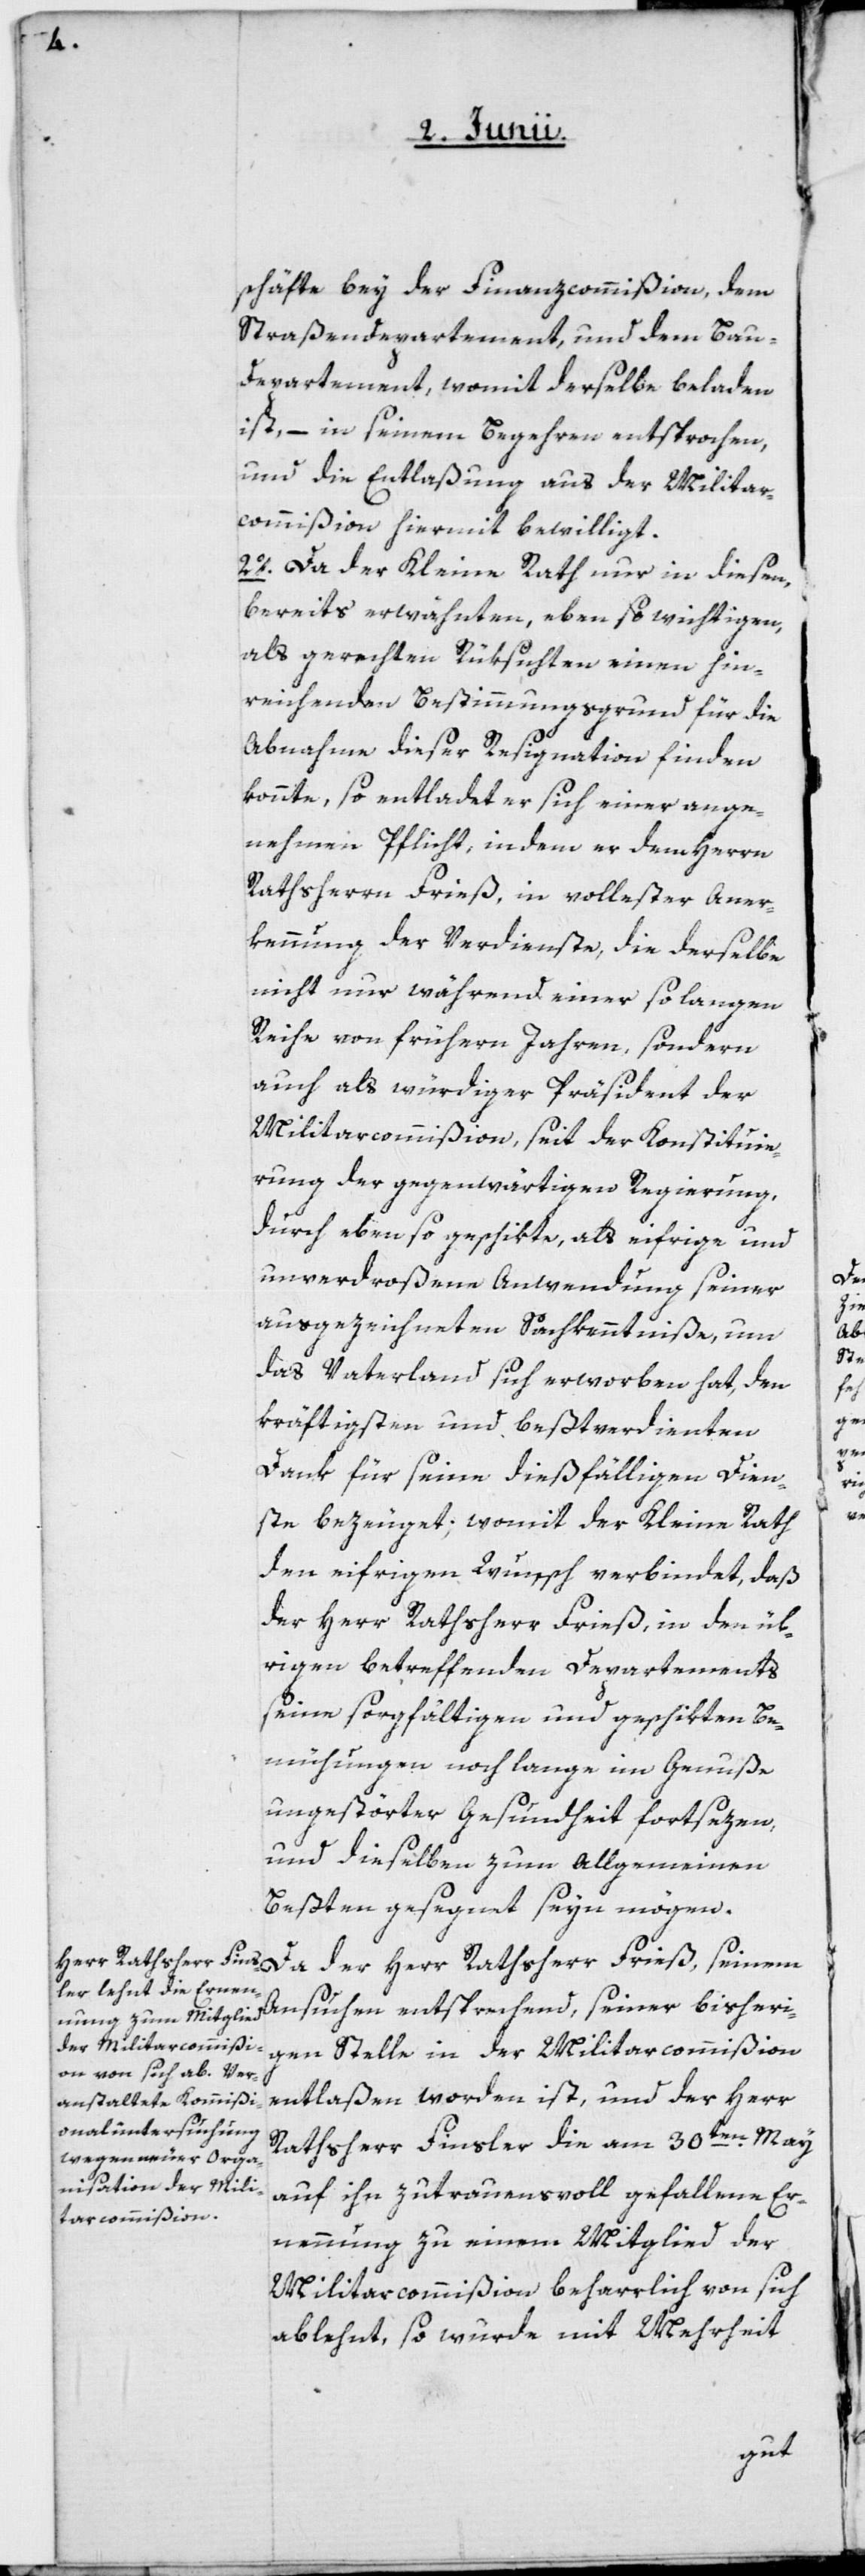
schäfte bey der Finanzcommißion, dem
Straßendepartement, und dem Bau-D¬
epartement, womit derselbe beladen
ist, – in seinem Begehren entsprochen,
und die Entlaßung aus der Militar¬
commißion hiermit bewilligt.
2o. Da der Kleine Rath nur in diesen,
bereits erwähnten, eben so wichtigen,
als gerechten Rüksichten einen hin¬
reichenden Bestimmungsgrund für die
Abnahme dieser Resignation finden
konnte, so entladet er sich einer ange¬
nehmen Pflicht, indem er dem Herrn
Rathsherrn Friß, in vollester Aner¬
kennung der Verdienste, die derselbe
nicht nur während einer so langen
Reihe von frühern Jahren, sondern
auch als würdiger Präsident der
Militarcommißion, seit der Konstituie¬
rung der gegenwärtigen Regierung,
durch ebenso geschikte als eifrige und
unverdroßene Anwendung seiner
ausgezeichneten Sachkenntniße, um
das Vaterland sich erworben hat, den
kräftigsten und beßtverdienten
Dank für seine dießfälligen Dien¬
ste bezeuget; womit der Kleine Rath
den eifrigen Wunsch verbindet, daß
der Herr Rathsherr Frieß, seinem
rigen betreffenden Departements
seine sorgfältigen und geschikten Be¬
mühungen noch lange im Genuße
ungestörter Gesundheit fortsezen,
und dieselben zum Allgemeinen
Beßten gesegnet seyn mögen.
Ansuchen entsprechend, seiner bisheri¬
gen Stelle in der Militatvommißion
entlaßen worden ist, und der Herr
Rathsherr Finsler die am 30ten May
auf ihn zutrauensvoll gefallene Er¬
nennung zu einem Mitglied der
Militarcommißion beharrlich von sich
ablehnt, so wurde mit Mehrheit